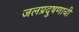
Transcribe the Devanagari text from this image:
जलप्रदुषणाची